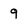
Character: 9